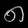
Digit: ၈